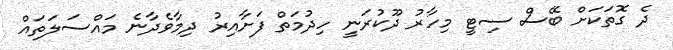
ދެ ގޮތަކަށް ބޭސް ސިޓީ މިހާރު ދޫކުރަނީ ހިދުމަތް ފަށާއިރު ދިމާވެދާނެ މައްސަލަތައް